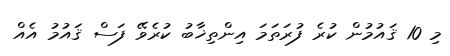
މި 10 ޤައުމުން ކުރެ ފުރަތަމަ އިންތިޚާބު ކުރެވޭ ފަސް ޤައުމު އެއް